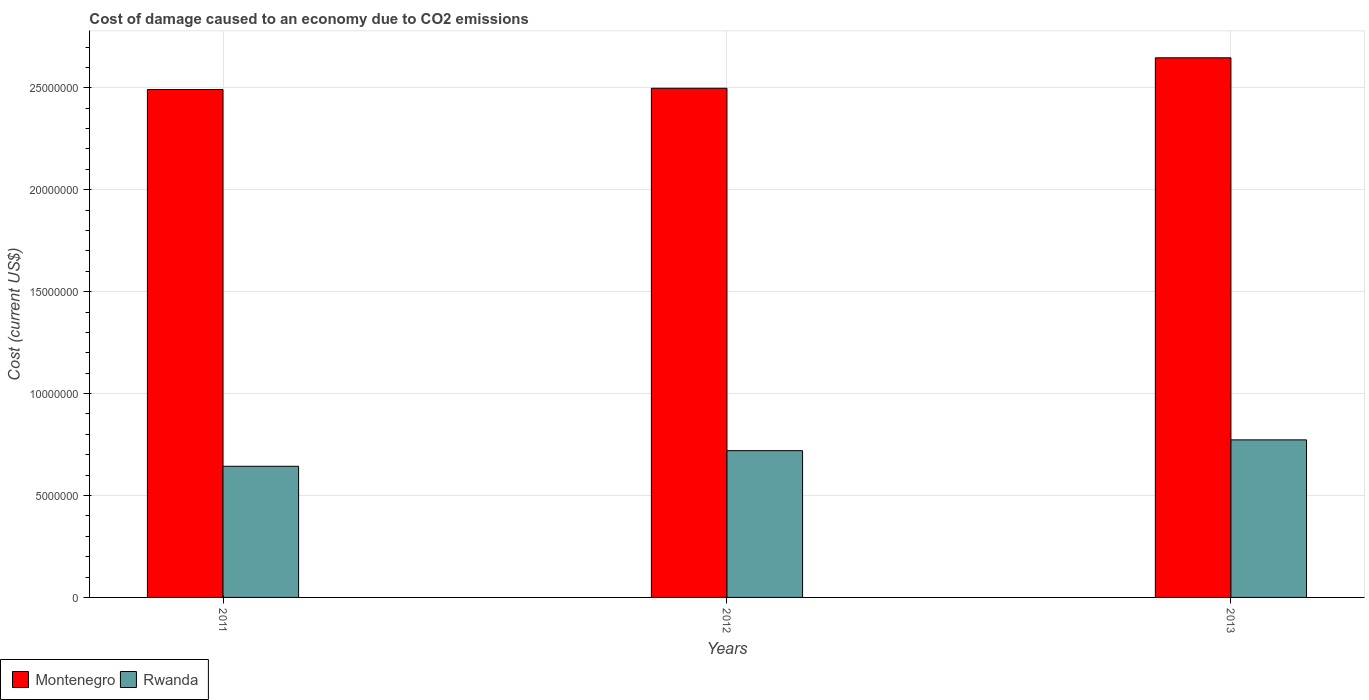
| Years | Montenegro | Rwanda |
 | --- | --- | --- |
 | 2011 | 2.49e+07 | 6.43e+06 |
 | 2012 | 2.5e+07 | 7.2e+06 |
 | 2013 | 2.65e+07 | 7.73e+06 |